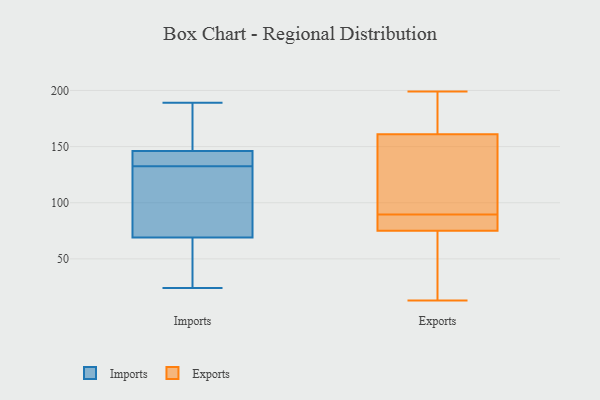
{"axis": {"x": "Net Income (USD K)", "y": "Value"}, "legend": ["Exports", "Imports"], "data": [{"x": "", "y": 145, "type": "Imports"}, {"x": "", "y": 24, "type": "Imports"}, {"x": "", "y": 69, "type": "Imports"}, {"x": "", "y": 146, "type": "Imports"}, {"x": "", "y": 141, "type": "Imports"}, {"x": "", "y": 146, "type": "Imports"}, {"x": "", "y": 66, "type": "Imports"}, {"x": "", "y": 124, "type": "Imports"}, {"x": "", "y": 42, "type": "Imports"}, {"x": "", "y": 93, "type": "Imports"}, {"x": "", "y": 170, "type": "Imports"}, {"x": "", "y": 70, "type": "Imports"}, {"x": "", "y": 189, "type": "Imports"}, {"x": "", "y": 169, "type": "Imports"}, {"x": "", "y": 159, "type": "Exports"}, {"x": "", "y": 199, "type": "Exports"}, {"x": "", "y": 86, "type": "Exports"}, {"x": "", "y": 105, "type": "Exports"}, {"x": "", "y": 82, "type": "Exports"}, {"x": "", "y": 163, "type": "Exports"}, {"x": "", "y": 167, "type": "Exports"}, {"x": "", "y": 93, "type": "Exports"}, {"x": "", "y": 76, "type": "Exports"}, {"x": "", "y": 13, "type": "Exports"}, {"x": "", "y": 74, "type": "Exports"}, {"x": "", "y": 35, "type": "Exports"}]}